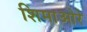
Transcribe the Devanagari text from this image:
शिमाओरे